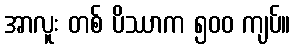
အာလူး တစ် ပိဿာက ၅၀၀ ကျပ်။